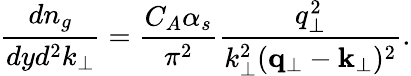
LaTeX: \frac{dn_{g}}{dyd^{2}k_{\perp}}=\frac{C_{A}\alpha_{s}}{\pi^{2}}\frac{q_{\perp}^{2}}{k_{\perp}^{2}({\mathbf q}_{\perp}-{\mathbf k}_{\perp})^{2}}.